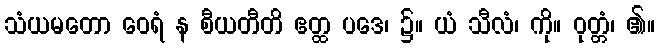
သံယမတော ဝေရံ န စီယတီတိ ဧတ္ထ ပဒေ၊ ၌။ ယံ သီလံ၊ ကို။ ဝုတ္တံ၊ ၏။